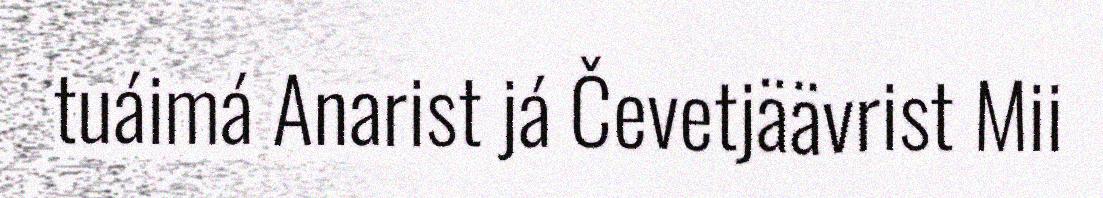
tuáimá Anarist já Čevetjäävrist Mii